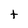
Character: t